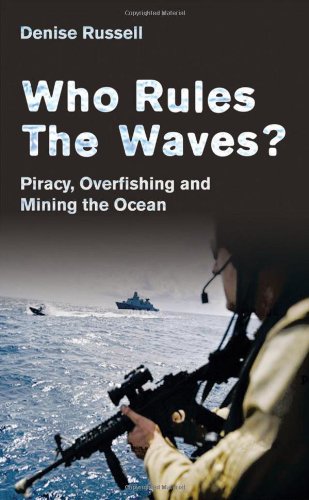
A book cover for Who Rules the Waves?: Piracy, Overfishing and Mining the Oceans; Denise Russell; Law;